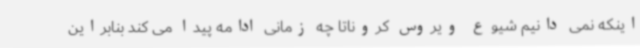
اینکه نمی دانیم شیوع ویروس کروناتا چه زمانی ادامه پیدا می کند بنابراین